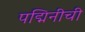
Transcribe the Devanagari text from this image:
पद्मिनीची